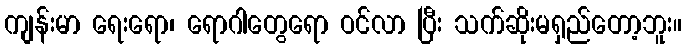
ကျန်းမာ ရေးရော၊ ရောဂါတွေရော ဝင်လာ ပြီး သက်ဆိုးမရှည်တော့ဘူး။